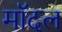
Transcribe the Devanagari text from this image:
मॉदल